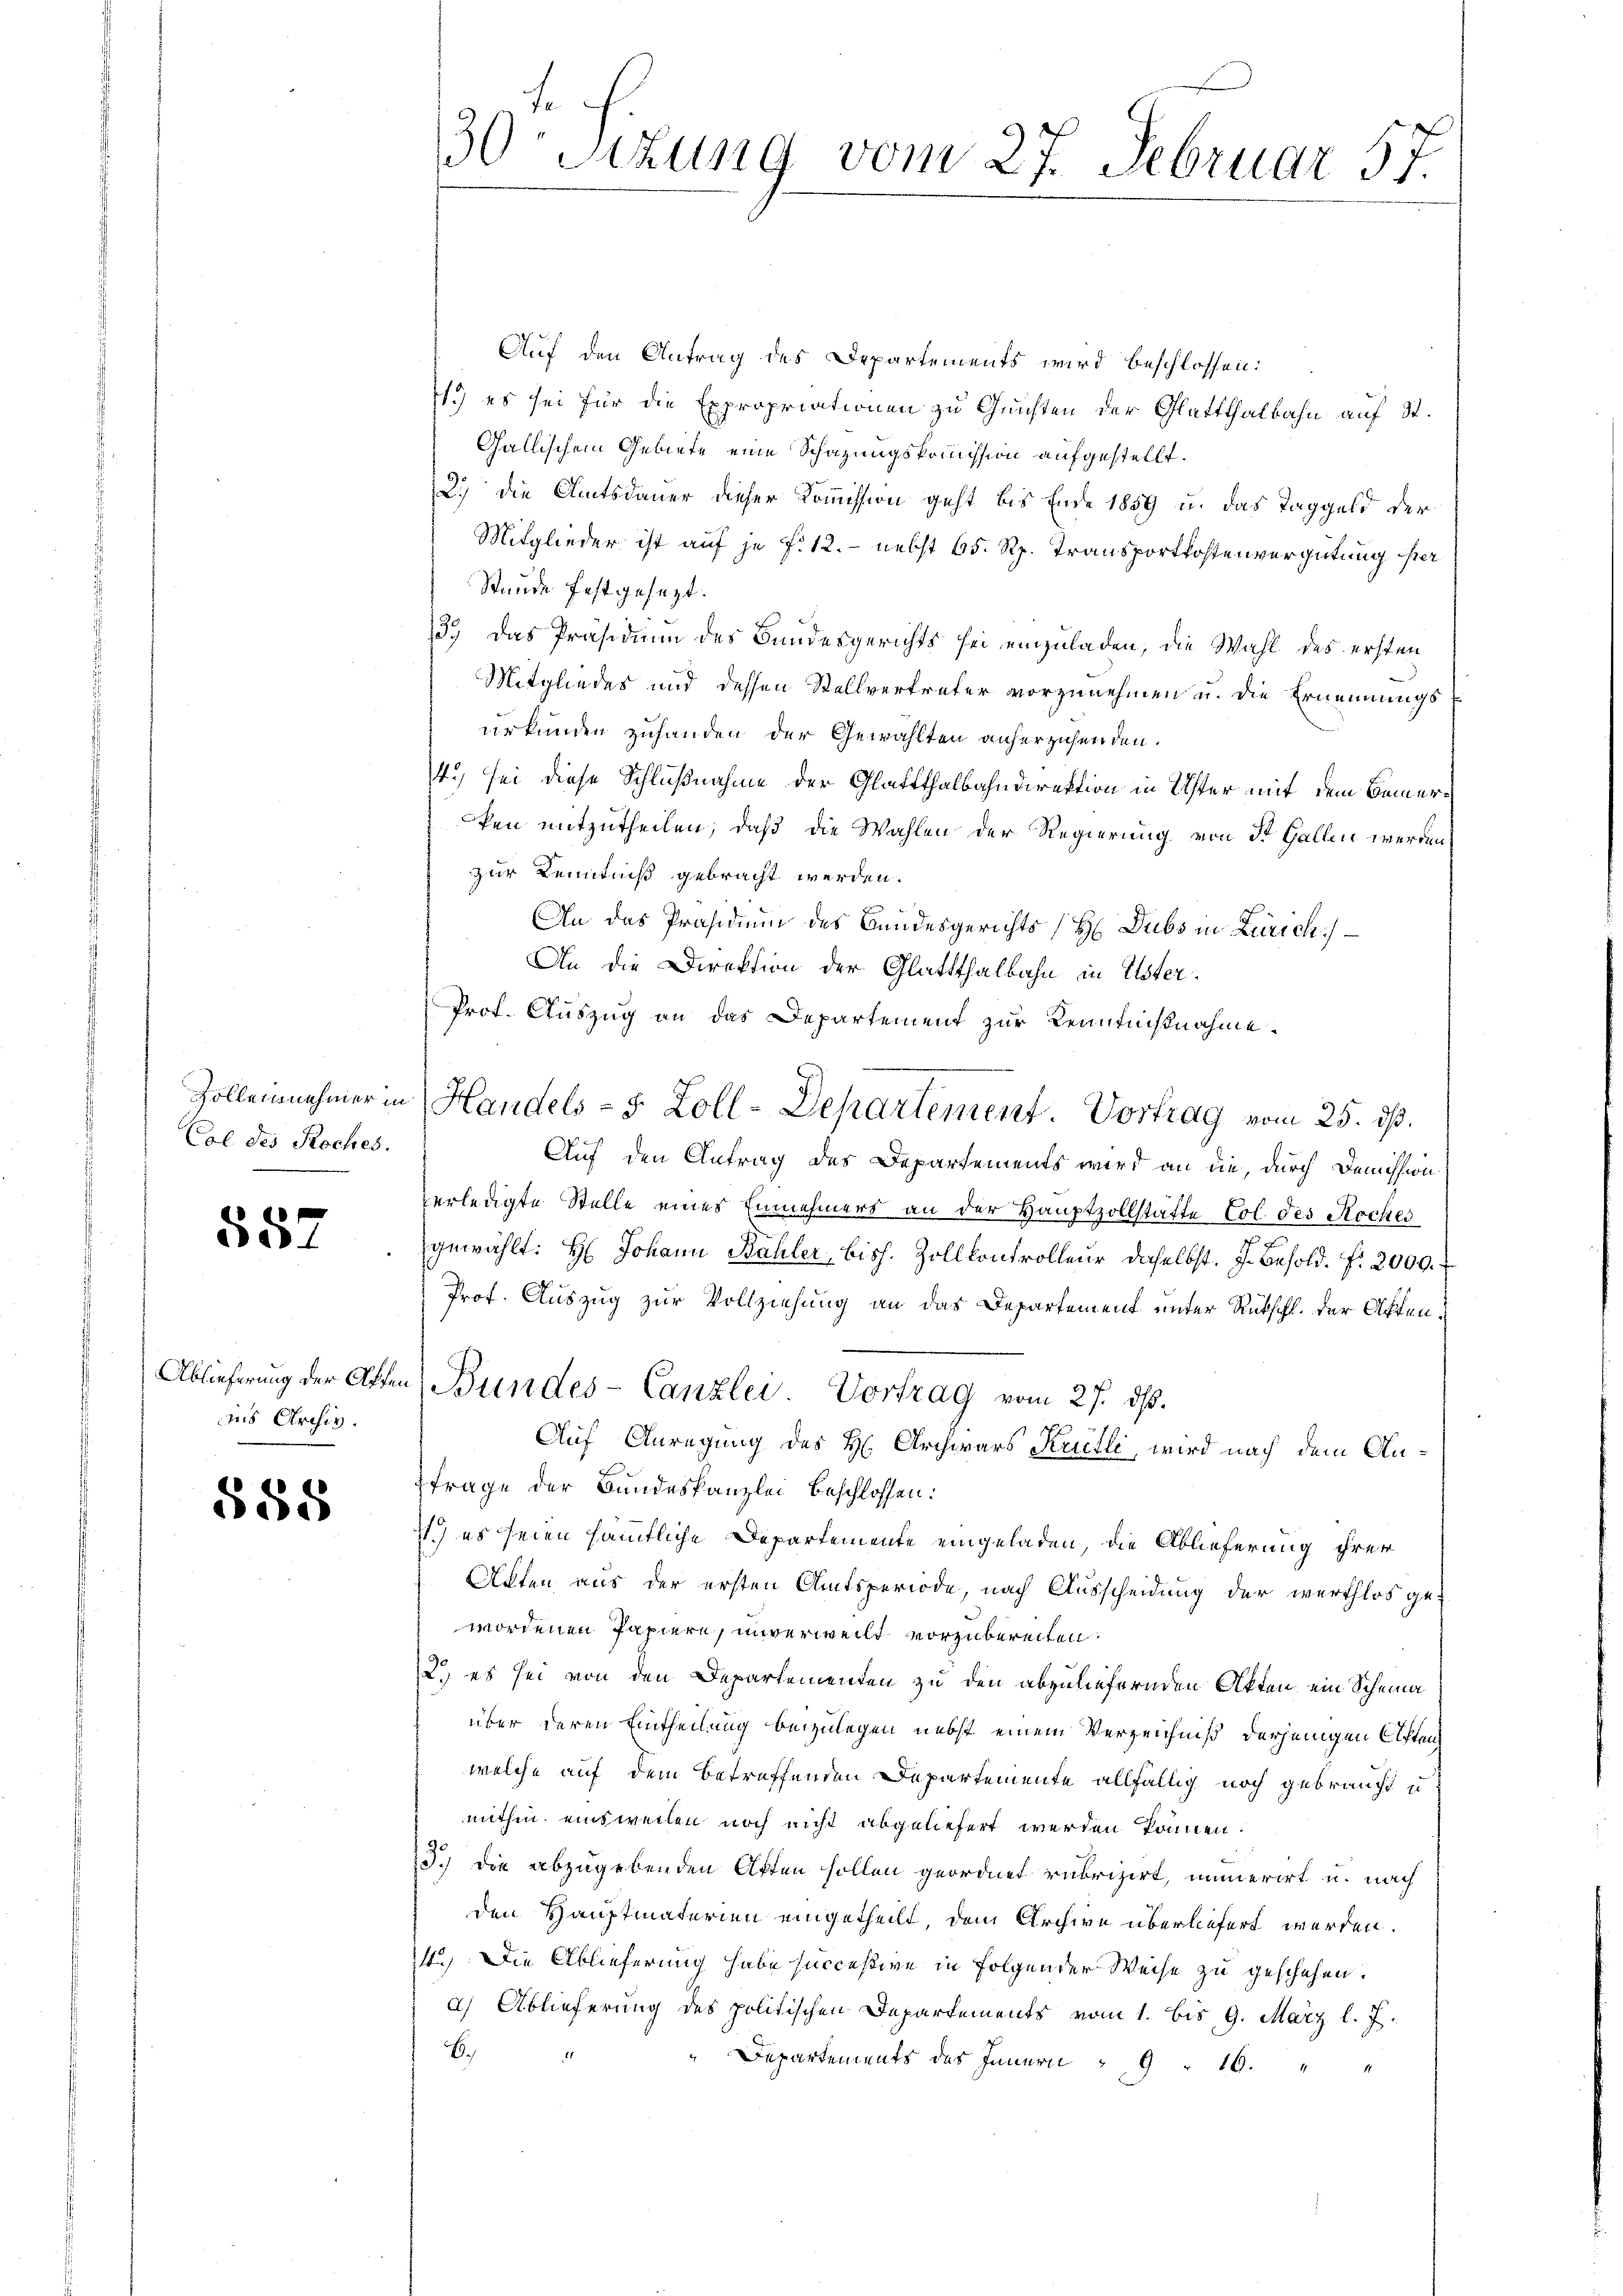
Erl des Roches.

587

ins Archiv.

588

30. Sitzung vom 27. Februar 57.

Auf den Antrag des Departements wird beschlossen:
1.) es sei für die Expropriationen zu Gunsten der Glattthalbahn auf St.
Gallischem Gebiete eine Schazungskommission aufgestellt.
2) die Amtsdauer dieser Kommission geht bis Ende 1859 u. das Taggeld der
Mitglieder ist auf je f. 12. - nebst 65. Rp. Transportkostenvergütung er
Stunde festgesezt.
3.) Das Präsidium des Bundesgerichts sei einzuladen, die Wahl des ersten
Mitgliedes und dessen Stellvertreter vorzunehmen u. die Ernennungsurkunden zuhanden der Gewählten anherzusenden.
4.) sei diese Schlußnahme der Glattthalbahndirektion in Uster mit dem Bemerken mitzutheilen, daß die Wahlen der Regierung von St. Gallen werden,
zur Kenntniß gebracht werden.
An das Präsidium des Bundesgerichts (H Dubs in Zürich)
An die Direktion der Glattthalbahn in Uster¬
Prof. Auszug an das Departement zur Kenntnißnahme
Zolleinnehmer in Handels- 5 Zoll-Departement. Vortrag vom 25. ds.
Auf den Antrag des Departements wird an die, durch Demission
verledigte Stelle eines Einnehmers an der Hauptzollstätte Col. des Kocher
gewählt: H: Johann Bähler, bish. Zollkontrolleur daselbst. J. Besold. f. 2000.
Prof. Auszug zur Vollziehung an das Departement unter Rückschl. der Akten¬
Ablieferung der Atten Bundes-Canzlei. Vortrag vom 27. ds.
Auf Anregung des H. Archivars Kretli, wird nach dem Anfrage der Bundeskanzlei beschlossen:
1) es seien sämmtliche Departemente eingeladen, die Ablieferung ihrer
Akten aus der ersten Amtsperiode, nach Ausscheidung der werthlos gewordenen Papiere, unverweilt vorzubereiten.
2.) es sei von den Departementen zu den abzuliefernden Akten ein Scheina
über deren Eintheilung beizulegen nebst einem Verzeichniß derjenigen Aften
welche auf dem betreffenden Departemente allfällig noch gebraucht u
mithin einsweilen noch nicht abgeliefert werden können.
3.) die abzugebenden Akten sollen geordnet rubrizirt, immerirt u. nach
den Hauptmaterien eingetheilt, dem Archive überliefert werden.
4.) Die Ablieferung habe succeßive in folgender Weise zu geschehen.
a) Ablieferung des politischen Departements vom 1. bis 9. März l. J.
.
Departements des Innern " " 16.
i